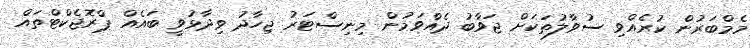
މެމްބަރުން ކުރެއްވި ސުވާލުތަކަށް ޖަވާބު ދެއްވަމުން މިނިސްޓަރު ޖިހާދު ވިދާޅުވީ ބައެއް ޕްރޮޖެކްޓްތައް